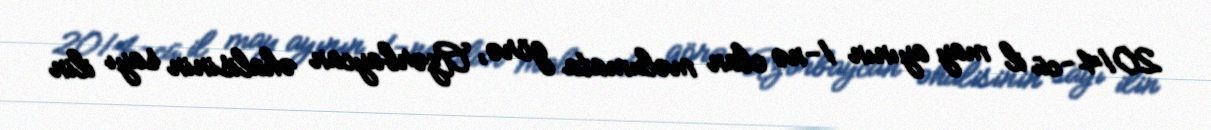
2014-cü il may ayının 1-nə olan məlumata görə, Azərbaycan əhalisinin sayı ilin